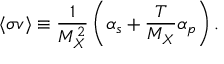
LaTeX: \langle \sigma v \rangle \equiv \frac { 1 } { M _ { X } ^ { 2 } } \left( \alpha _ { s } + \frac { T } { M _ { X } } \alpha _ { p } \right) .